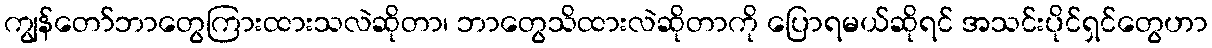
ကျွန်တော်ဘာတွေကြားထားသလဲဆိုတာ၊ ဘာတွေသိထားလဲဆိုတာကို ပြောရမယ်ဆိုရင် အသင်းပိုင်ရှင်တွေဟာ